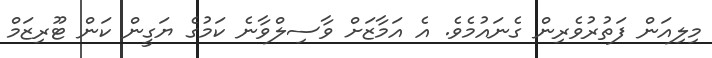
މިލިއަން ފަތުރުވެރިން ގެނައުމެވެ. އެ އަމާޒަށް ވާސިލްވާނެ ކަމުގެ ޔަގީން ކަން ޓޫރިޒަމް